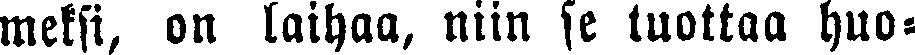
meksi, on laihaa, niin se luottaa huo-